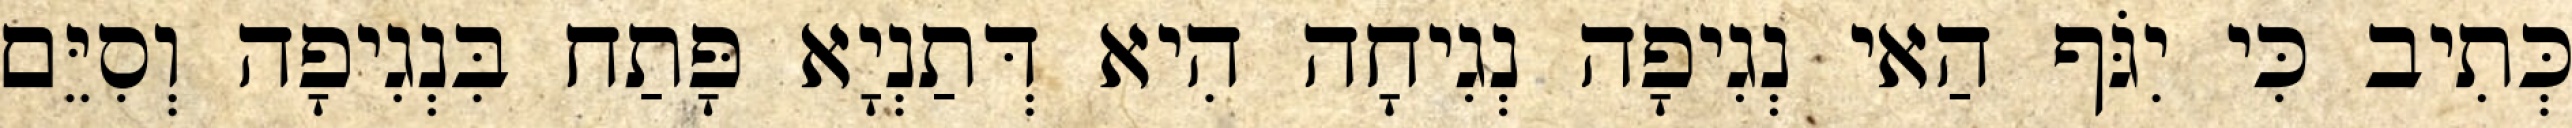
כְּתִיב כִּי יִגֹּף הַאי נְגִיפָה נְגִיחָה הִיא דְּתַנְיָא פָּתַח בִּנְגִיפָה וְסִיֵּם